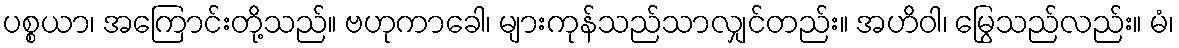
ပစ္စယာ၊ အကြောင်းတို့သည်။ ဗဟုကာခေါ၊ များကုန်သည်သာလျှင်တည်း။ အဟိဝါ၊ မြွေသည်လည်း။ မံ၊